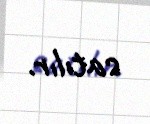
satılır.